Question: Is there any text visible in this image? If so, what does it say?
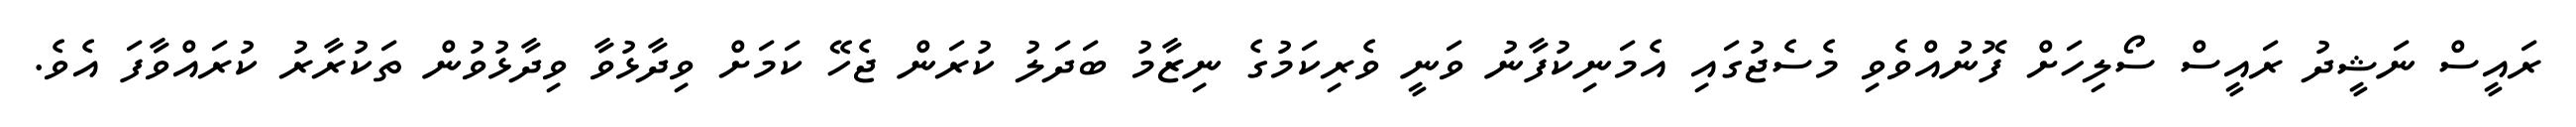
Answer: ރައީސް ނަޝީދު ރައީސް ސޯލިހަށް ފޮނުއްވެވި މެސެޖުގައި އެމަނިކުފާނު ވަނީ ވެރިކަމުގެ ނިޒާމު ބަދަލު ކުރަން ޖެހޭ ކަމަށް ވިދާޅުވާ ވިދާޅުވުން ތަކުރާރު ކުރައްވާފަ އެވެ.